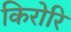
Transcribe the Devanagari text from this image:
किरोरि